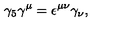
\gamma _ { 5 } \gamma ^ { \mu } = \epsilon ^ { \mu \nu } \gamma _ { \nu } ,